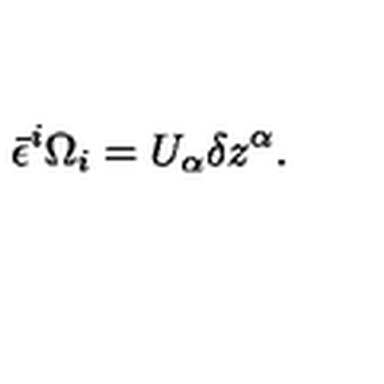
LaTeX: \bar { \epsilon } ^ { i } \Omega _ { i } = U _ { \alpha } \delta z ^ { \alpha } .